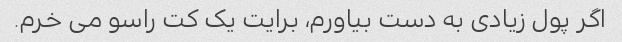
اگر پول زیادی به دست بیاورم، برایت یک کت راسو می خرم.